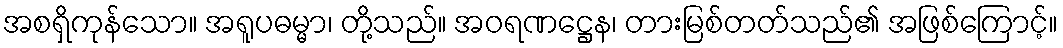
အစရှိကုန်သော။ အရူပဓမ္မာ၊ တို့သည်။ အဝရဏဋ္ဌေန၊ တားမြစ်တတ်သည်၏ အဖြစ်ကြောင့်။